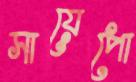
সায়েপো